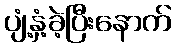
ပျံ့နှံ့ခဲ့ပြီးနောက်